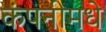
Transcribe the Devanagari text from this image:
कंपनीमधे